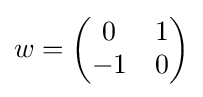
w={\begin{pmatrix}0&1\\-1&0\end{pmatrix}}